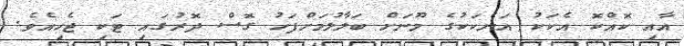
އާއި ކޮއްކޮ އެކަކު އަނެކަކުގެ މޫނަށް ބަލާލުމަށްފަހު ގޮސް ދޮރުގައި ޓަކި ޖެހިއެވެ.